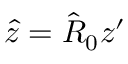
\hat { z } = \hat { R } _ { 0 } z ^ { \prime }